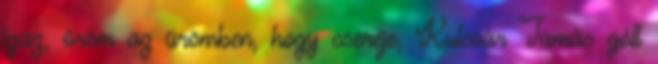
igaz, öröm az ürömben, hogy cseréje, Kulcsár Tamás gólt